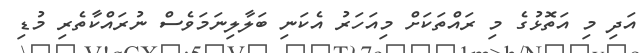
އަދި މި އަތޮޅުގެ މި ރައްތަކަށް މިއަހަރު އެކަނި ބަލާލިނަމަވެސް ނުރައްކާތެރި މުޑި